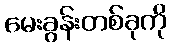
မေးခွန်းတစ်ခုကို